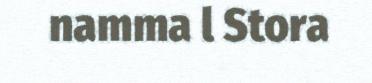
namma l Stora